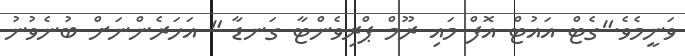
ވަނީމެވެ."ގެޓް އައުޓް އޮފް މައި ރޫމް ޕްރިވެންޓާ ގަނޑާ " އަހަރެންނަށް ބުނެވުނު